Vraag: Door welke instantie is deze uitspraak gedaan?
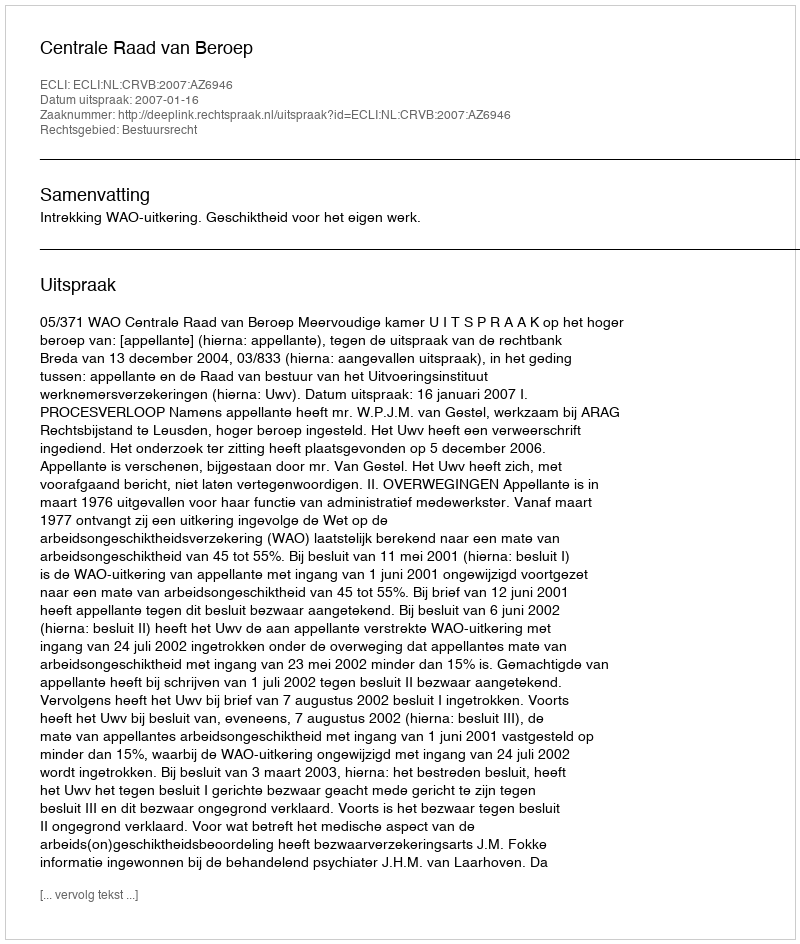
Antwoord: Centrale Raad van Beroep